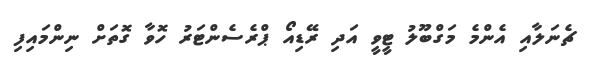
ޗެނަލާއި އެންމެ މަގްބޫލު ޓީވީ އަދި ރޭޑިއޯ ޕްރެސެންޓަރު ހޮވާ ގޮތަށް ނިންމައިފި